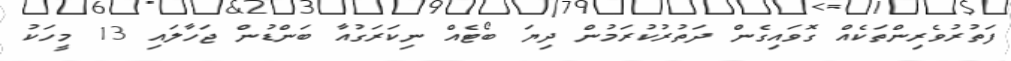
ފަތުރުވެރިންތަކެއް ގޮވައިގެން ދަތުރުކުރަމުން ދިޔަ ބޯޓެއް ނިކަރަގުއާ ބަންޑުން ޖަހާލައި 13 މީހަކު